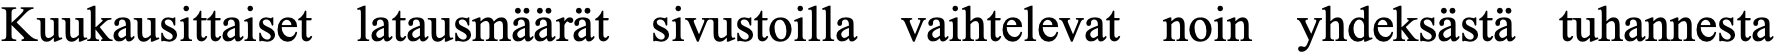
Kuukausittaiset latausmäärät sivustoilla vaihtelevat noin yhdeksästä tuhannesta